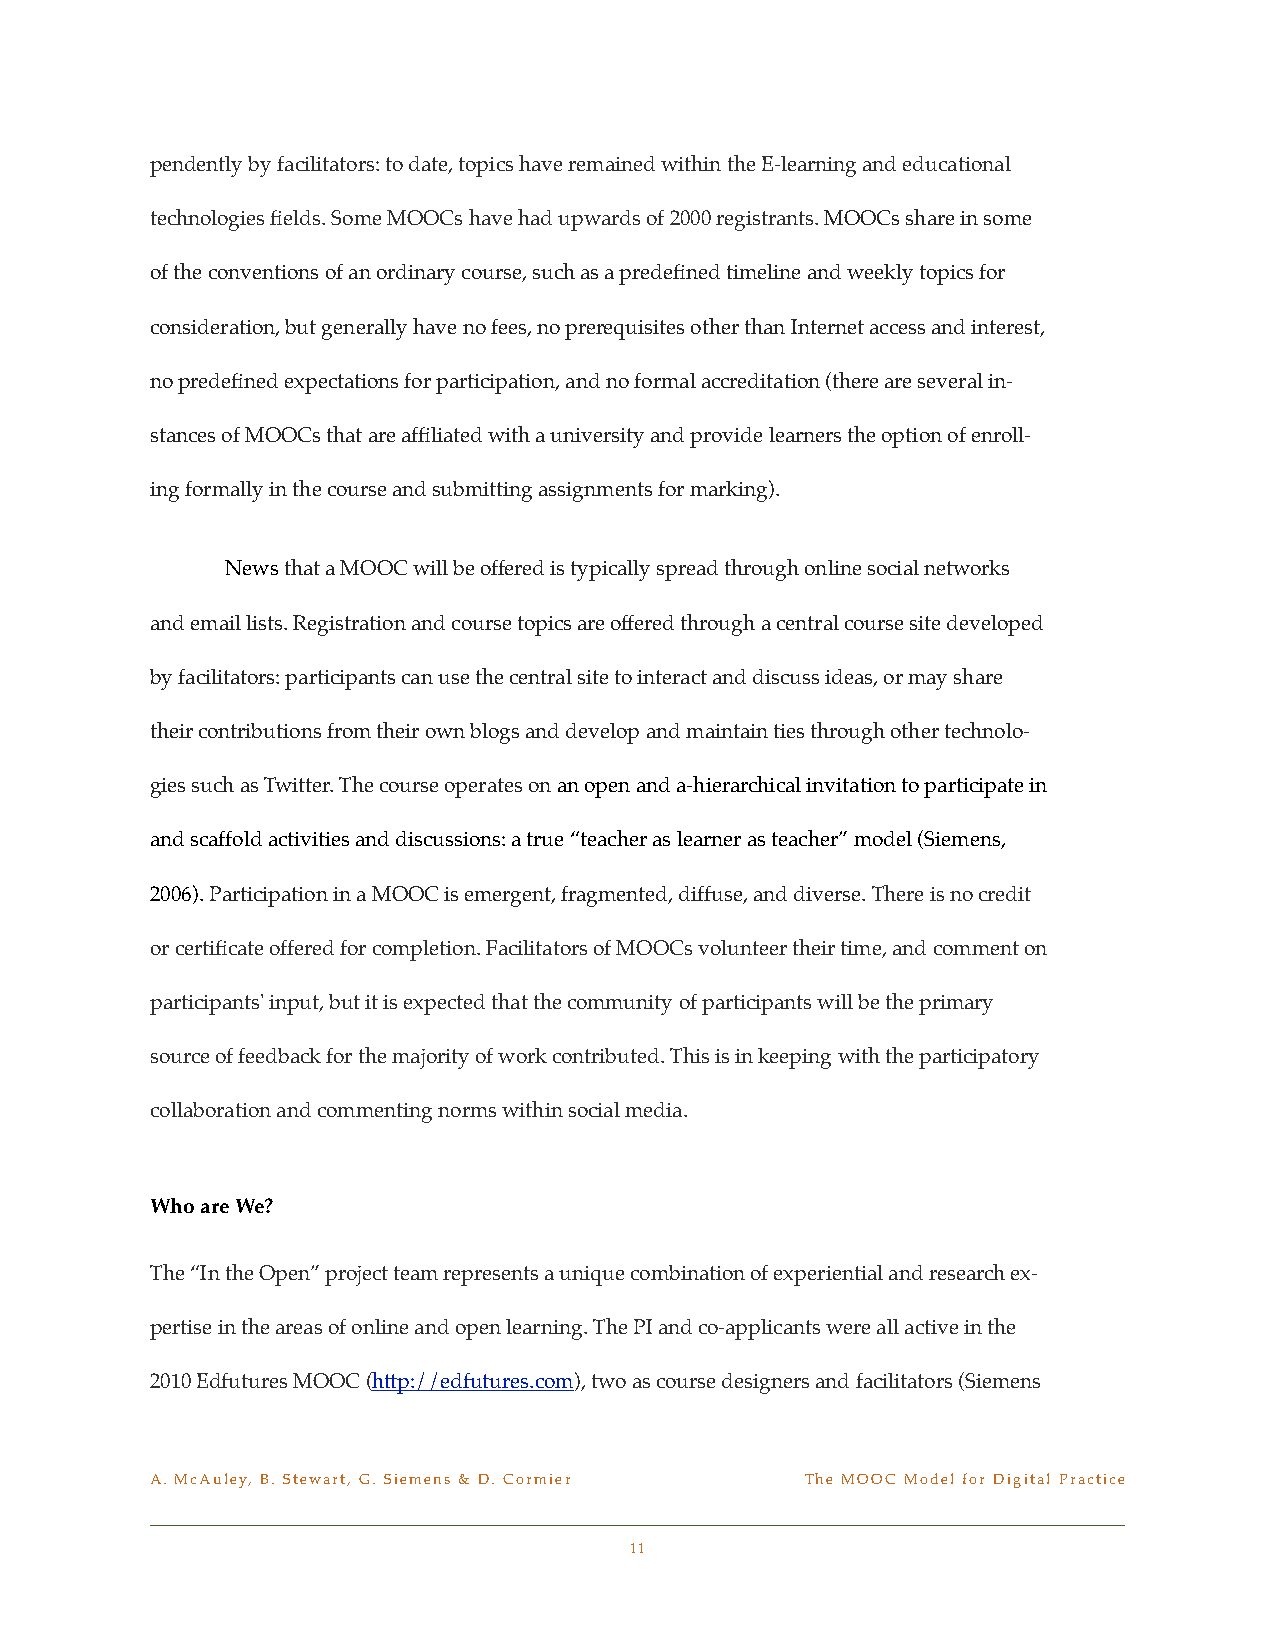
pendently by facilitators: to date, topics have remained within the E-learning and educational
 technologies fields. Some MOOCs have had upwards of 2000 registrants. MOOCs share in some
 of the conventions of an ordinary course, such as a predefined timeline and weekly topics for
 consideration, but generally have no fees, no prerequisites other than Internet access and interest,
 no predefined expectations for participation, and no formal accreditation (there are several in-
 stances of MOOCs that are affiliated with a university and provide learners the option of enroll-
 ing formally in the course and submitting assignments for marking).
 !    News that a MOOC will be offered is typically spread through online social networks
 and email lists. Registration and course topics are offered through a central course site developed
 by facilitators: participants can use the central site to interact and discuss ideas, or may share
 their contributions from their own blogs and develop and maintain ties through other technolo-
 gies such as Twitter. The course operates on an open and a-hierarchical invitation to participate in
 and scaffold activities and discussions: a true “teacher as learner as teacher” model (Siemens,
 2006). Participation in a MOOC is emergent, fragmented, diffuse, and diverse. There is no credit
 or certificate offered for completion. Facilitators of MOOCs volunteer their time, and comment on
 participants' input, but it is expected that the community of participants will be the primary
 source of feedback for the majority of work contributed. This is in keeping with the participatory
 collaboration and commenting norms within social media.
 Who are We?
 The “In the Open” project team represents a unique combination of experiential and research ex-
 pertise in the areas of online and open learning. The PI and co-applicants were all active in the
 2010 Edfutures MOOC (http://edfutures.com), two as course designers and facilitators (Siemens
 A. McAuley, B. Stewart, G. Siemens & D. Cormier! The MOOC Model for Digital Practice
 11